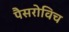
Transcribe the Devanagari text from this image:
पैसरोविच